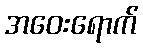
အဝေးရောက်